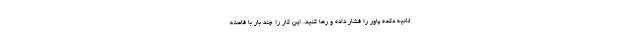
ثانیه دکمه پاور را فشار داده و رها کنید. این کار را چند بار با فاصله